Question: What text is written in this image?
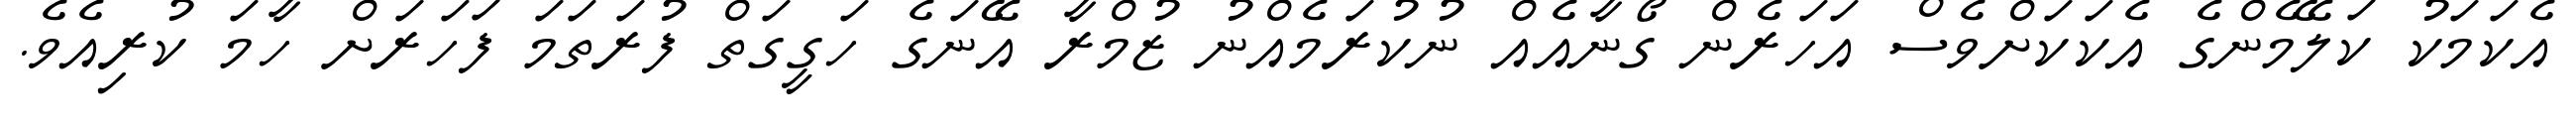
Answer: އެކަމަކު ކަލޭމެންގެ އެކަކަށްވެސް އަހަރެން ގޯނާއެއް ނުކުރަމެއްނު ޒުމްރާ އޭނަގެ ހަގީގަތް ފުރަތަމަ ފަހަރަށް ހާމަ ކުރިއެވެ.